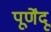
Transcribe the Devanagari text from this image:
पूर्णेंदू